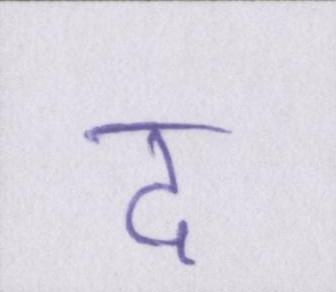
द